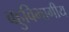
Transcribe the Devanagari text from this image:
बहुविभागीय